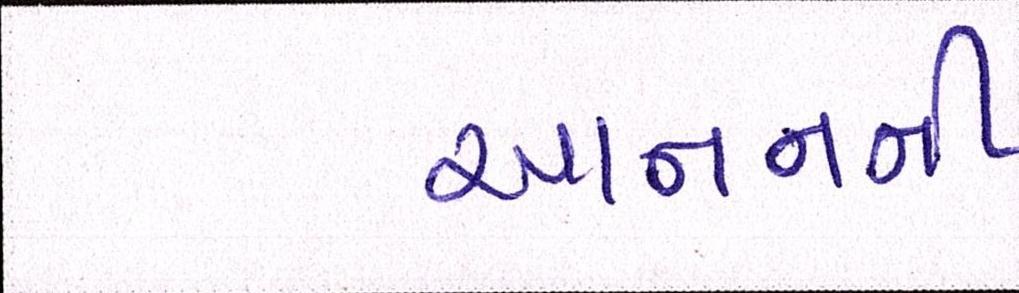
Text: આનનની